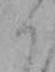
り